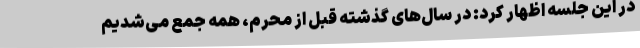
در این جلسه اظهار کرد: در سال‌های گذشته قبل از محرم، همه جمع می‌شدیم